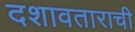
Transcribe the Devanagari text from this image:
दशावताराची